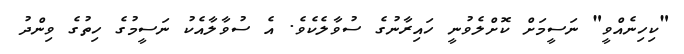
"ކިހިނެއްވީ" ނަސީމަށް ކޮށްލެވުނީ ހައިރާނުގެ ސުވާލެކެވެ. އެ ސުވާލާއެކު ނަސީމުގެ ހިތުގެ ވިންދު